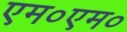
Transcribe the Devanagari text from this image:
एम०एम०